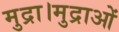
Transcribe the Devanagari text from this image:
मुद्रा।मुद्राओं